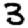
Digit: 3